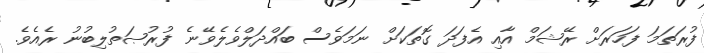
ފުރަތަމަ ފަހަރަށް ރޭޝަމް އާއި އެފަދަ ގޮތަކަށް ނަމަވެސް ބައްދަލްވެލެވޭނެ ފުރުޞަތުލިބުނު ރެއެވެ.